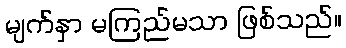
မျက်နှာ မကြည်မသာ ဖြစ်သည်။